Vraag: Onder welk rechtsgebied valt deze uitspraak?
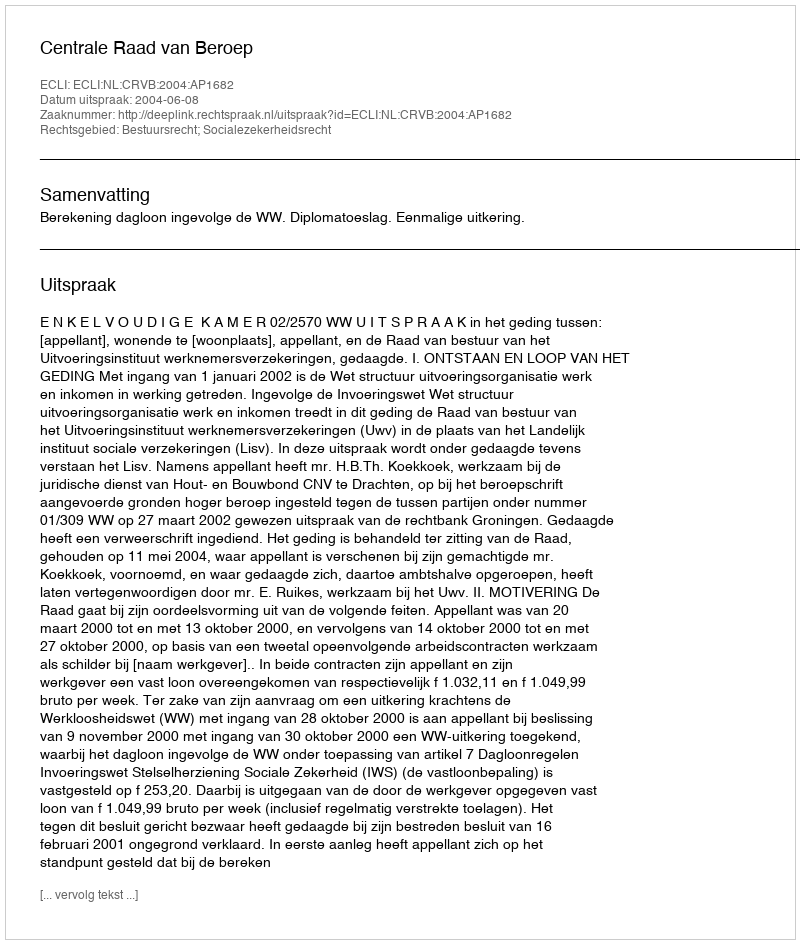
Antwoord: Bestuursrecht; Socialezekerheidsrecht